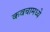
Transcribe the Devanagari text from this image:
कवचामध्ये